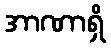
အာဏာရှိ